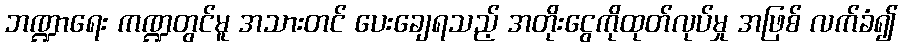
ဘဏ္ဍာရေး ကဏ္ဍတွင်မူ အသားတင် ပေးချေရသည့် အတိုးငွေကိုထုတ်လုပ်မှု အဖြစ် လက်ခံ၍